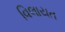
વિલાયત